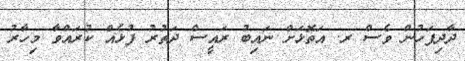
ދާދިފަހުން ވެސް ރ. އަތޮޅަށް ނައިބު ރައީސް ދަތުރު ފުޅެއް ކުރައްވާ މިހާރު